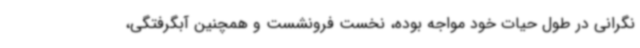
نگرانی در طول حیات خود مواجه بوده، نخست فرونشست و همچنین آبگرفتگی،